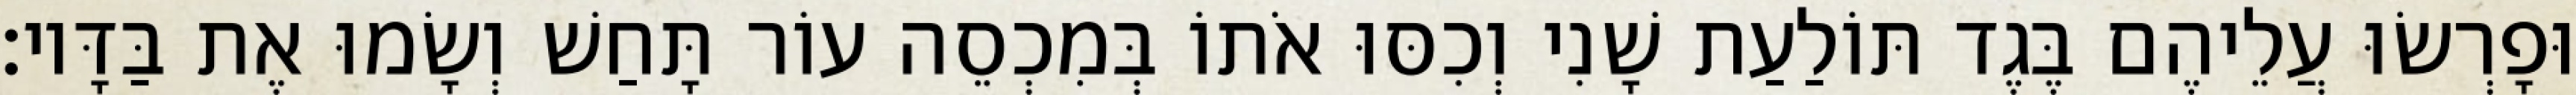
וּפָרְשׂוּ עֲלֵיהֶם בֶּגֶד תּוֹלַעַת שָׁנִי וְכִסּוּ אֹתוֹ בְּמִכְסֵה עוֹר תָּחַשׁ וְשָׂמוּ אֶת בַּדָּיו׃